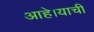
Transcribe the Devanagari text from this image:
आहे।याची